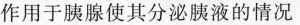
作用于胰腺使其分泌胰液的情况